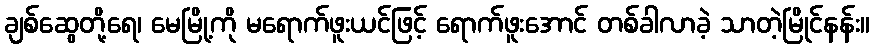
ချစ်ဆွေတို့ရေ၊ မေမြို့ကို မရောက်ဖူးယင်ဖြင့် ရောက်ဖူးအောင် တစ်ခါလာခဲ့ သာတဲ့မြိုင်နန်း။